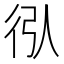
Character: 𢓙